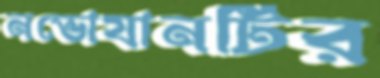
নভোযানটির